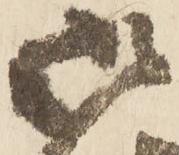
御